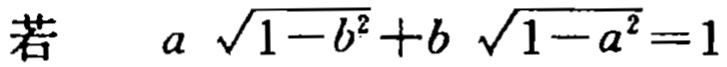
若 \(a\sqrt{1 - b^{2}}+b\sqrt{1 - a^{2}} = 1\)